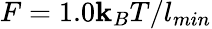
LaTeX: F=1.0\mathbf{k}_{B}T/l_{min}